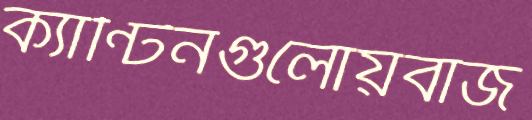
ক্যান্টিনগুলোয়বাজ